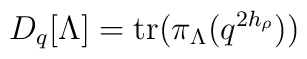
D_q[\Lambda]={\rm tr}(\pi_{\Lambda}(q^{2h_\rho}))